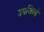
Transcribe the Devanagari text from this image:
उपजिल्हे